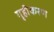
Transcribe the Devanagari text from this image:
गृहीकरण